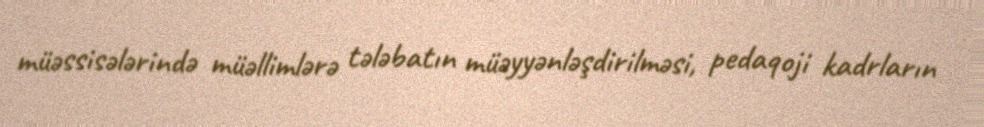
müəssisələrində müəllimlərə tələbatın müəyyənləşdirilməsi, pedaqoji kadrların